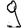
Digit: 9